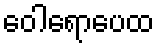
ဝေါရောပေထ